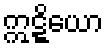
ဣဋ္ဋိယော